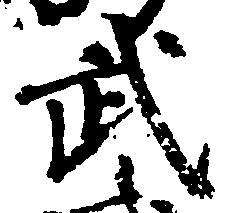
武